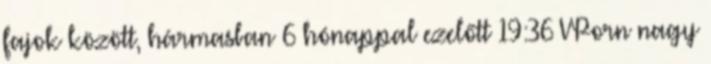
fajok között, hármasban 6 hónappal ezelőtt 19:36 VPorn nagy